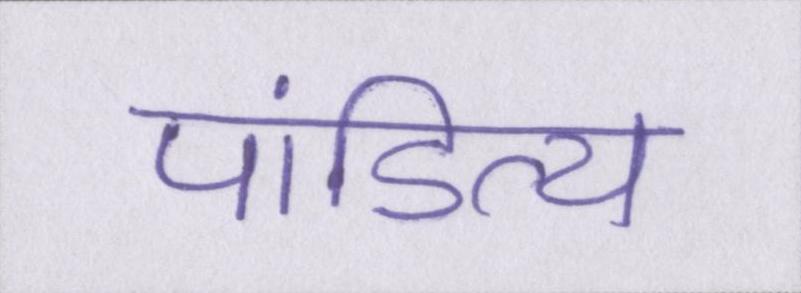
पांडित्य